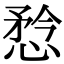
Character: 㥤